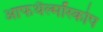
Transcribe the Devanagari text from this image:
आफथैल्मॉस्कोप